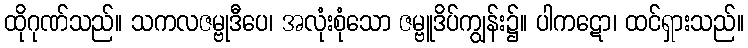
ထိုဂုဏ်သည်။ သကလဇမ္ဗုဒီပေ၊ အလုံးစုံသော ဇမ္ဗူဒိပ်ကျွန်း၌။ ပါကဋော၊ ထင်ရှားသည်။